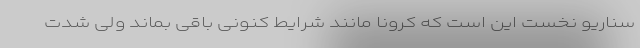
سناریو نخست این است که کرونا مانند شرایط کنونی باقی بماند ولی شدت